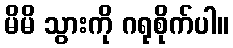
မိမိ သွားကို ဂရုစိုက်ပါ။